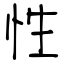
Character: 性